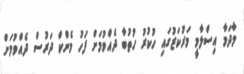
މާދަމާ އިސްލާމީ މަރުކަޒުގައި ހުކުރު ހުތުބާ ދެއްވުމަށް ފަހު މެންކް ދަރުސް ދެއްވުމަށް